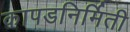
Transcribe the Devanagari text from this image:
कापडनिर्मिती